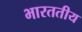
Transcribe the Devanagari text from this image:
भारततीय